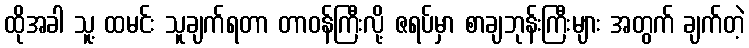
ထိုအခါ သူ့ ထမင်း သူချက်ရတာ တာဝန်ကြီးလို့ ဇရပ်မှာ စာချဘုန်းကြီးများ အတွက် ချက်တဲ့